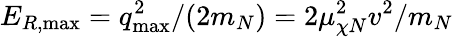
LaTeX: E_{R,\mathrm{max}}=q_{\mathrm{max}}^{2}/(2m_{N})=2\mu_{\chi N}^{2}v^{2}/m_{N}